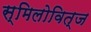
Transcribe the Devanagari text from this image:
स्मिलोवित्ज